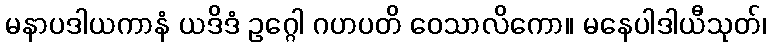
မနာပဒါယကာနံ ယဒိဒံ ဥဂ္ဂေါ ဂဟပတိ ဝေသာလိကော။ မနေပါဒါယီသုတ်၊